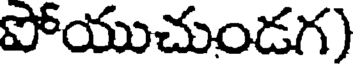
పోయుచుండగ)